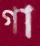
গা